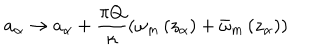
a _ { \alpha } \rightarrow a _ { \alpha } + \frac { \pi Q } { \kappa } \left( \omega _ { m } \left( z _ { \alpha } \right) + \bar { \omega } _ { m } \left( z _ { \alpha } \right) \right)